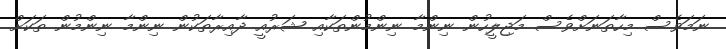
ނަމަވެސް މިހާތަނަށްވެސް މަޖިލީހުން ނިންމާ ނިންމުންތަކާއި ޝަރުއީ ދާއިރާތަކުން ނިންމާ ނިންމުން ތަކަށް